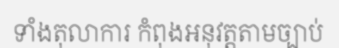
ទាំងតុលាការ កំពុងអនុវត្តតាមច្បាប់